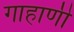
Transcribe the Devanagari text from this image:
गाहाणी